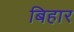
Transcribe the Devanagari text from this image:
बिहार